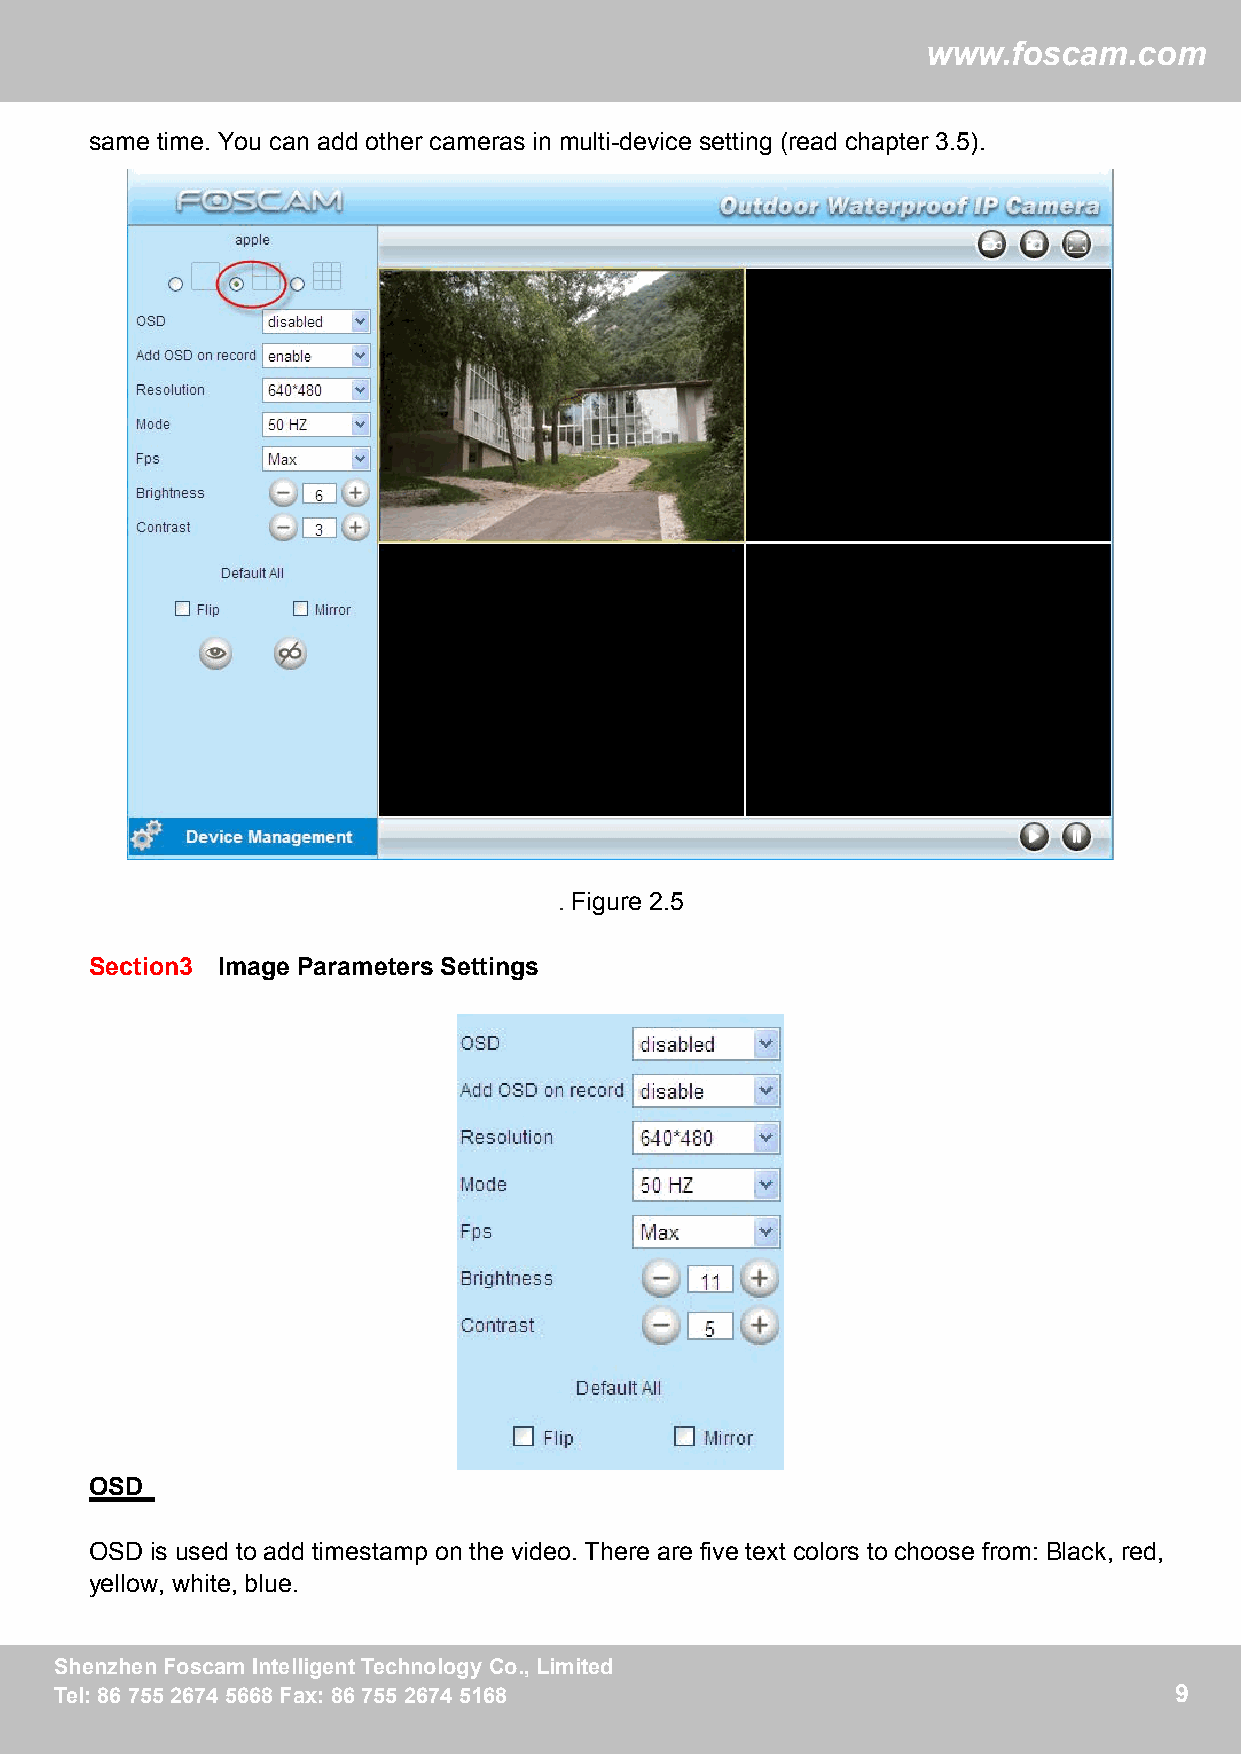
ww
 wwwwww..ffoossccaamm..ccoomm
 same time. You can add other cameras in multi-device setting (read chapter 3.5).
 . Figure 2.5
 Section3 Image Parameters Settings
 OSD
 OSD is used to add timestamp on the video. There are five text colors to choose from: Black, red,
 yellow, white, blue.
 SShheennzzhheennFFoossccaammIInntteelllliiggeennttTTeecchhnnoollooggyyCCoo..,,LLiimmiitteedd 9
 TTeell::88667755552266774455666688FFaaxx::88667755552266774455116688      9